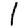
Digit: 1